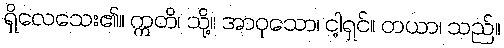
ရှိလေသေး၏။ ဣတိ၊ သို့။ အာဝုသော၊ ငါ့ရှင်။ တယာ၊ သည်။